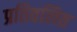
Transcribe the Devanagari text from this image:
प्रतिवलित